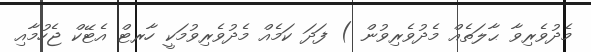
މެދުވެރިވާ ޙާލަތެއް މެދުވެރިވުން ) ފަދަ ކަމެއް މެދުވެރިވުމަކީ ހާރޓް އެޓޭކް ޖެހުމާއި